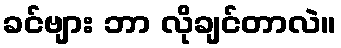
ခင်ဗျား ဘာ လိုချင်တာလဲ။